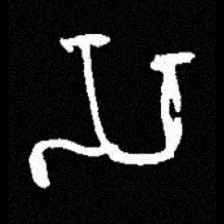
Pyu character \u2014 Myanmar letter: သ (romanized: sa)